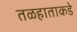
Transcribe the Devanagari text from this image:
तळहाताकडे